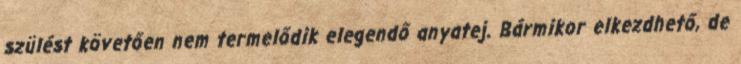
szülést követően nem termelődik elegendő anyatej. Bármikor elkezdhető, de